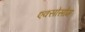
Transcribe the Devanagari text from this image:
एक्सोसोम